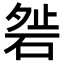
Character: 𥓇